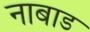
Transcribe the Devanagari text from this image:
नाबाड